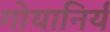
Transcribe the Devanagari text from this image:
गोयानिर्य